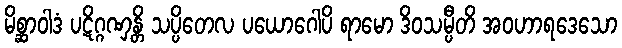
မိစ္ဆာဝါဒံ ပဋိဂ္ဂဏှန္တိ သပ္ပိတေလ ပယောဂေါပိ ရာမော ဒိဝသမ္ပီတိ အဝဟာရဒေသော